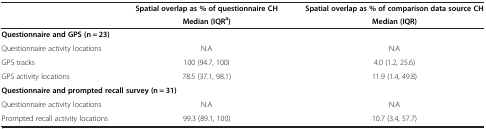
| <ROWSPAN=2>  | Spatial overlap as % of questionnaire CH | Spatial overlap as % of comparison data source CH |
 | Median (IQRa) | Median (IQR) |
 | --- | --- | --- |
 | <COLSPAN=3> Questionnaire and GPS (n = 23) |
 | Questionnaire activity locations | N.A | N.A |
 | GPS tracks | 100 (94.7, 100) | 4.0 (1.2, 25.6) |
 | GPS activity locations | 78.5 (37.1, 98.1) | 11.9 (1.4, 49.8) |
 | <COLSPAN=3> Questionnaire and prompted recall survey (n = 31) |
 | Questionnaire activity locations | N.A | N.A |
 | Prompted recall activity locations | 99.3 (89.1, 100) | 10.7 (3.4, 57.7) |